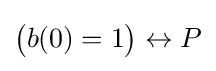
{\big (}b(0)=1{\big )}\leftrightarrow P